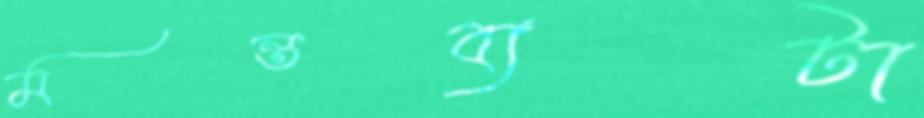
মন্তব্যটা